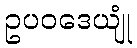
ဥပဝဒေယျုံ